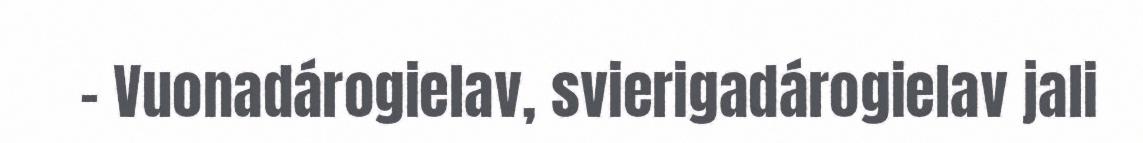
- Vuonadárogielav, svierigadárogielav jali